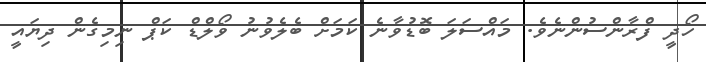
ހޯދީ ފްރާންސުންނެވެ. މައްސަލަ ބޮޑުވާނެ ކަމަށް ބެލެވުނު ވޯލްޑް ކަޕް ނިމިގެން ދިޔައީ